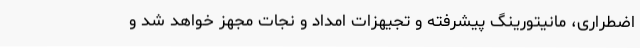
اضطراری، مانیتورینگ پیشرفته و تجیهزات امداد و نجات مجهز خواهد شد و